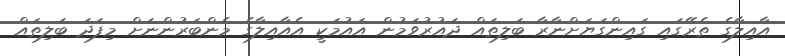
އާއިލާގެ ތެރޭގައި ގައިންގަޔަށްނާރާ ބަލިތައް ދައުރުވަމުން އައުމަކީ އެއާއިލާގެ މެންބަރުންނަށް މިފަދަ ބަލިތައް